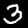
Digit: 3